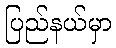
ပြည်နယ်မှာ